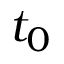
t _ { 0 }